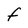
Character: F